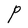
Character: P